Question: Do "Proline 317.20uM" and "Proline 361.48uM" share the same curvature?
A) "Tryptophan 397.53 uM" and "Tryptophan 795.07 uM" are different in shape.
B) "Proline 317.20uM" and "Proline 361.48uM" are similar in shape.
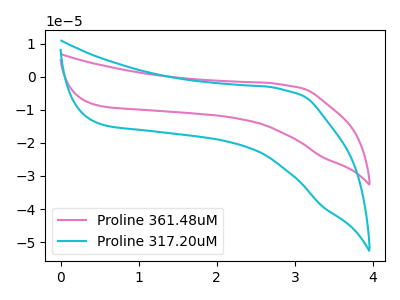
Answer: <think>The pink curve "Proline 361.48uM" has no peaks. The cyan curve "Proline 317.20uM" has no peaks.
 Neither "Proline 317.20uM" or "Proline 361.48uM" have any peaks.</think>
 <answer>B) "Proline 317.20uM" and "Proline 361.48uM" are similar in shape.</answer>
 <eval>B</eval>